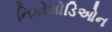
નિકોલોડિઓન